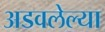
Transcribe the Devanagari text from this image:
अडवलेल्या